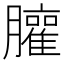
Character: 𰯩